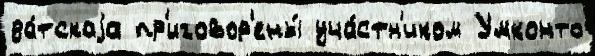
да́тскаjа пр'иговор'ены́ уча́стн'иком Умконто